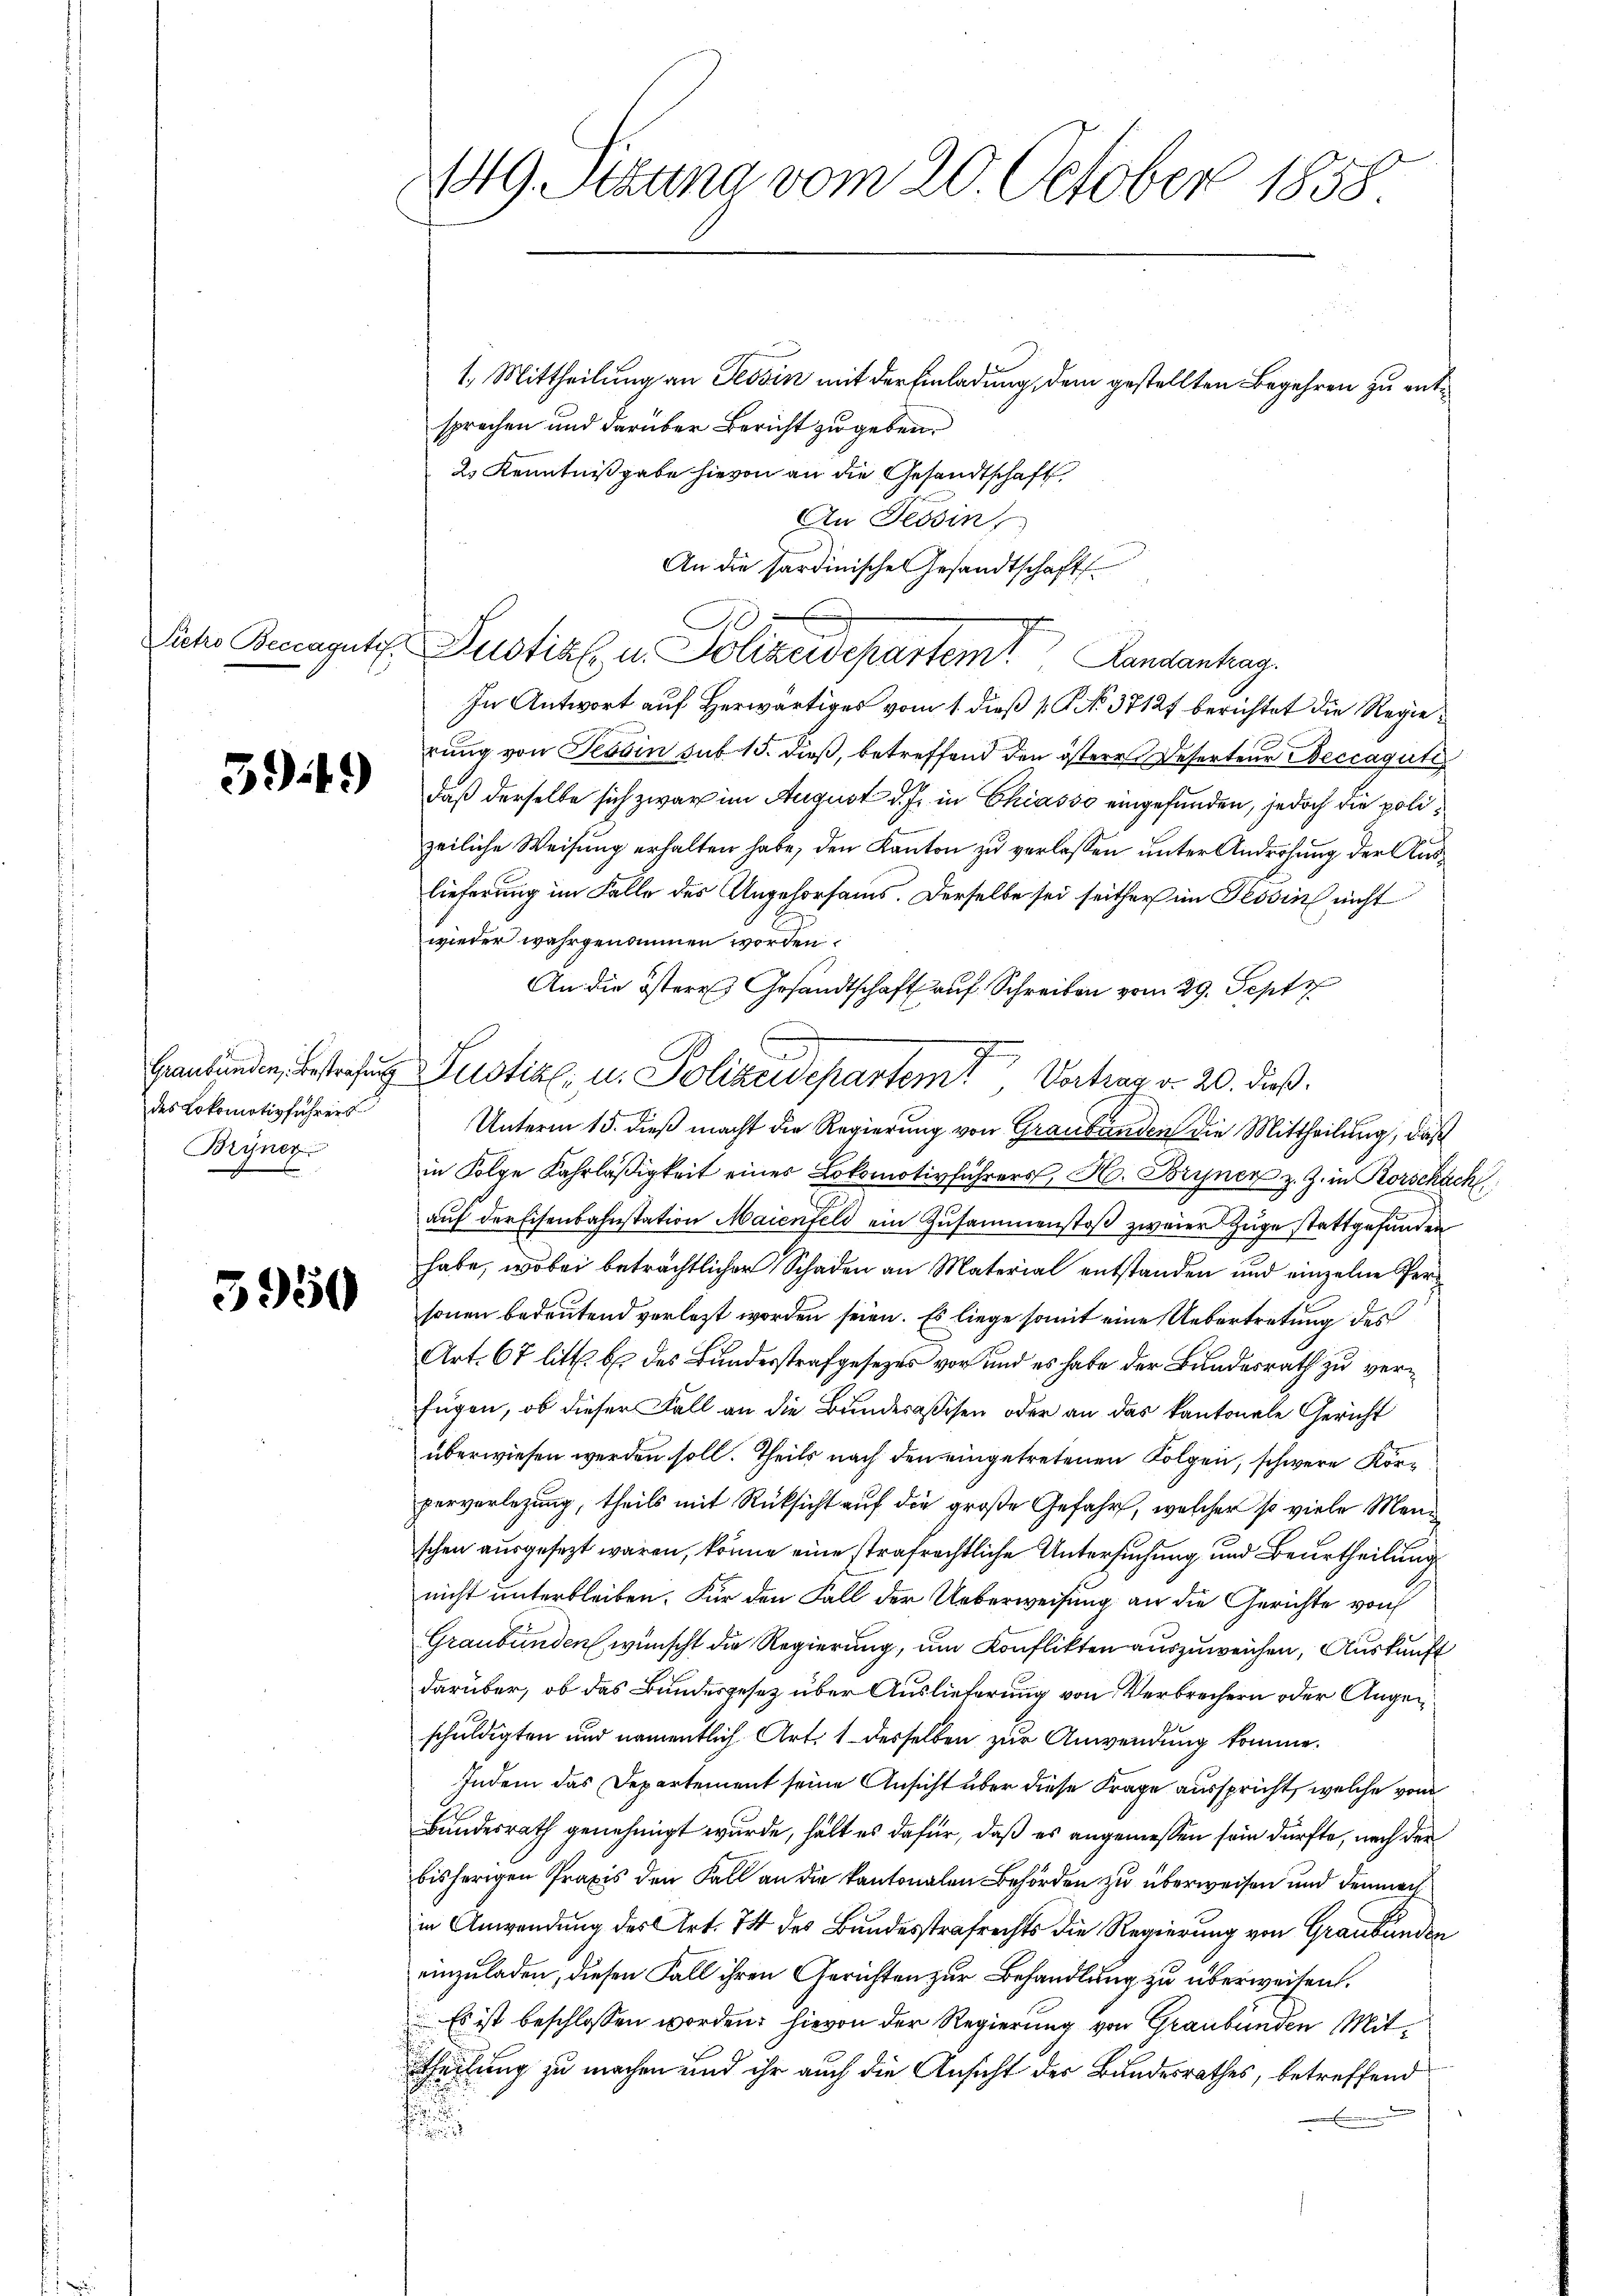
Pietro Beccagutif.

3949)

des Lokomotivführers
Bryner

3950

149 Ptzung vom 20. October 1858.

2
Hanbunden, bestrafung Justiz- u. Polizeidepartemt Vortrag v. 20. dieß.

1. Mittheilung an Tessin mit der Einladung, dem gestellten Begehren zu entsprochen und darüber Bericht zu geben.
2. Kenntnißgabe hievon an die Gesandtschaft,
An Tessin
An die Sardinische Gesandtschaft
A
Lustial u. Polizeidepartemt Landantung.
In Antwort auf Herwärtiges vom 1. dieß (No. 37127 berichtet die Regierung von Tessin sub 15. dieß, betreffend den österer Referteur Deccagute
daß derselbe sich zwar im August d. Js. in Chiasso eingefunden, jedoch die polizeiliche Weisung erhalten habe, den Kanton zu verlassen unter Androhung der Auslieferung im Falle des Angehorsams. Derselbe sei seither im Tessin nicht
wieder wahrgenommen worden.
An die östere Gesandtschaft auf Schreiben vom 29. Sept
Unterm 15. dieß macht die Regierung von Graubünden die Mittheilung, daß
in Folge Fahrläßigkeit einer Lokomotivführers H. Bryner z. Z. in Rorschach
aŭf der Eisenbahnstation Maienfeld ein Zusammenstoβ zweier Züge stattgefunden
habe, wobei beträchtlicher Schaden an Material entstanden und einzelne Personen bedeutend verlegt worden seien. Es liege somit eine Uebertretung des
Art. 67 litt. b. des Bundesstrafgesezes vor und es habe der Bundesrath zu verfügen, ob dieser Fall an die Bunderassen oder an das kantonale Gericht
überwiesen werden soll. Theils nach den eingetretenen Folgen, schwere Körperverlegung, theils mit Rücksicht auf die große Gefahr, welcher so viele Menschen ausgesezt waren, könne eine strafrechtliche Untersuchung und Beurtheilung
nicht unterbleiben. Für den Fall der Ueberweisung an die Gerichte von
Graubünden wünscht die Regierung, um Konflikten auszuweichen, Auskunft
darüber, ob das Bundesgesetz über Auslieferung von Verbrechern oder Augenschuldigten und namentlich Art. 1 desselben zur Anwendung komme.
Indem das Departement seine Ansicht über diese Frage ausspricht, welche von
Bundesrath genehmigt wurde, hält es dafür, daß es angemessen sein dürfte, nach der
bisherigen Praxis den Fall an die kantonalen Behörden zu überweisen und demnach
in Anwendung des Art. 74 des Bundesstrafrechts die Regierung von Graubünden
einzuladen, diesen Fall ihren Gerichten zur Behandlung zu überweisen.
Es ist beschlossen worden: hievon der Regierung von Graubünden Mittheilung zu machen und ihr auch die Ansicht der Bundesrathes, betreffend
i